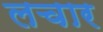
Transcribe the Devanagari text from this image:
लचार